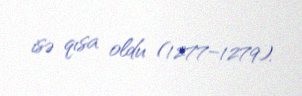
isə qısa oldu (1277–1279).